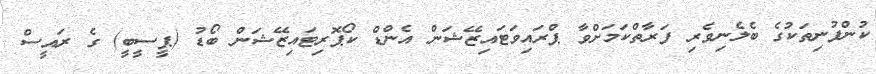
ކުންފުނިތަކުގެ ބެލެނިވެރި ފަރާތްކަމަށްވާ ޕްރައިވަޓައިޒޭޝަން އެންޑް ކޯޕޮރިޓައިޒޭޝަން ބޯޑު (ޕީސީބީ) ގެ ރައީސް